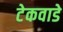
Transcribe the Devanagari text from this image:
टेकवाडे